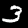
Label: 3